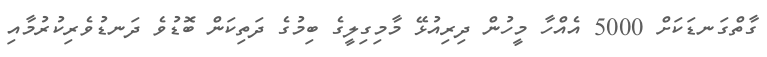
ގާތްގަނޑަކަށް 5000 އެއްހާ މީހުން ދިރިއުޅޭ މާމިގިލީގެ ބިމުގެ ދަތިކަން ބޮޑުވެ ދަނޑުވެރިކުރުމާއި